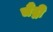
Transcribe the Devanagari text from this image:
चैंद्री